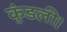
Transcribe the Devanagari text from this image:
कुंडली।